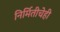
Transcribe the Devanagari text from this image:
निर्मितीचेही